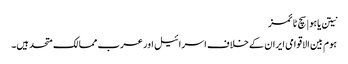
نیتن یاہو | سچ ٹائمز
ہوم بین الاقوامی ایران کے خلاف اسرائیل اور عرب ممالک متحد ہیں۔